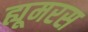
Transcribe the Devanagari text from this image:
ह्यूमरस